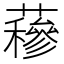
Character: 𧂅